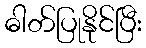
ဓါတ်ပြုနိုင်ပြီး